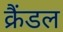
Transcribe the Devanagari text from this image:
क्रैंडल